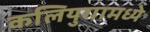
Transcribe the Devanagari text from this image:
कलियुगामध्ये